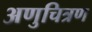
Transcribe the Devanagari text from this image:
अणुचित्रण